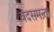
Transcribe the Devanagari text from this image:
वेदसमन्र्ता